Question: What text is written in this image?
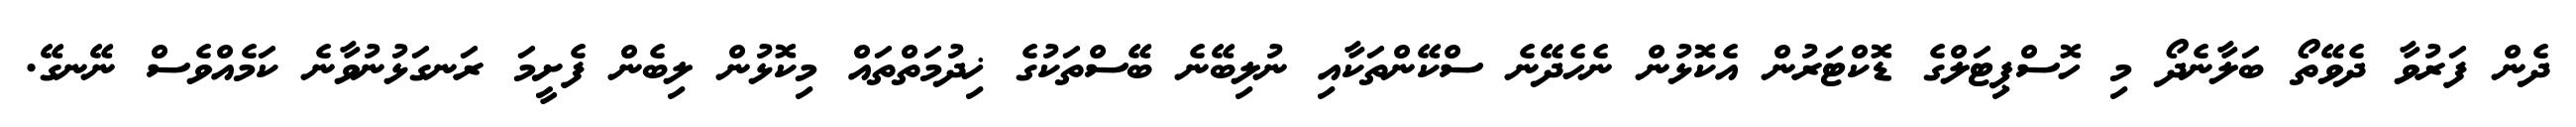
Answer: ދެން ފަރުވާ ދެވޭތޯ ބަލާނެދޯ މި ހޮސްޕިޓަލްގެ ޑޮކްޓަރުން އެކޮޅުން ނެހެދޭނެ ސްކޭންތަކާއި ނުލިބޭނެ ބޭސްތަކުގެ ޚިދުމަތްތައް މިކޮޅުން ލިބެން ފެށީމަ ރަނގަޅުނުވާނެ ކަމެއްވެސް ނޭނގޭ.